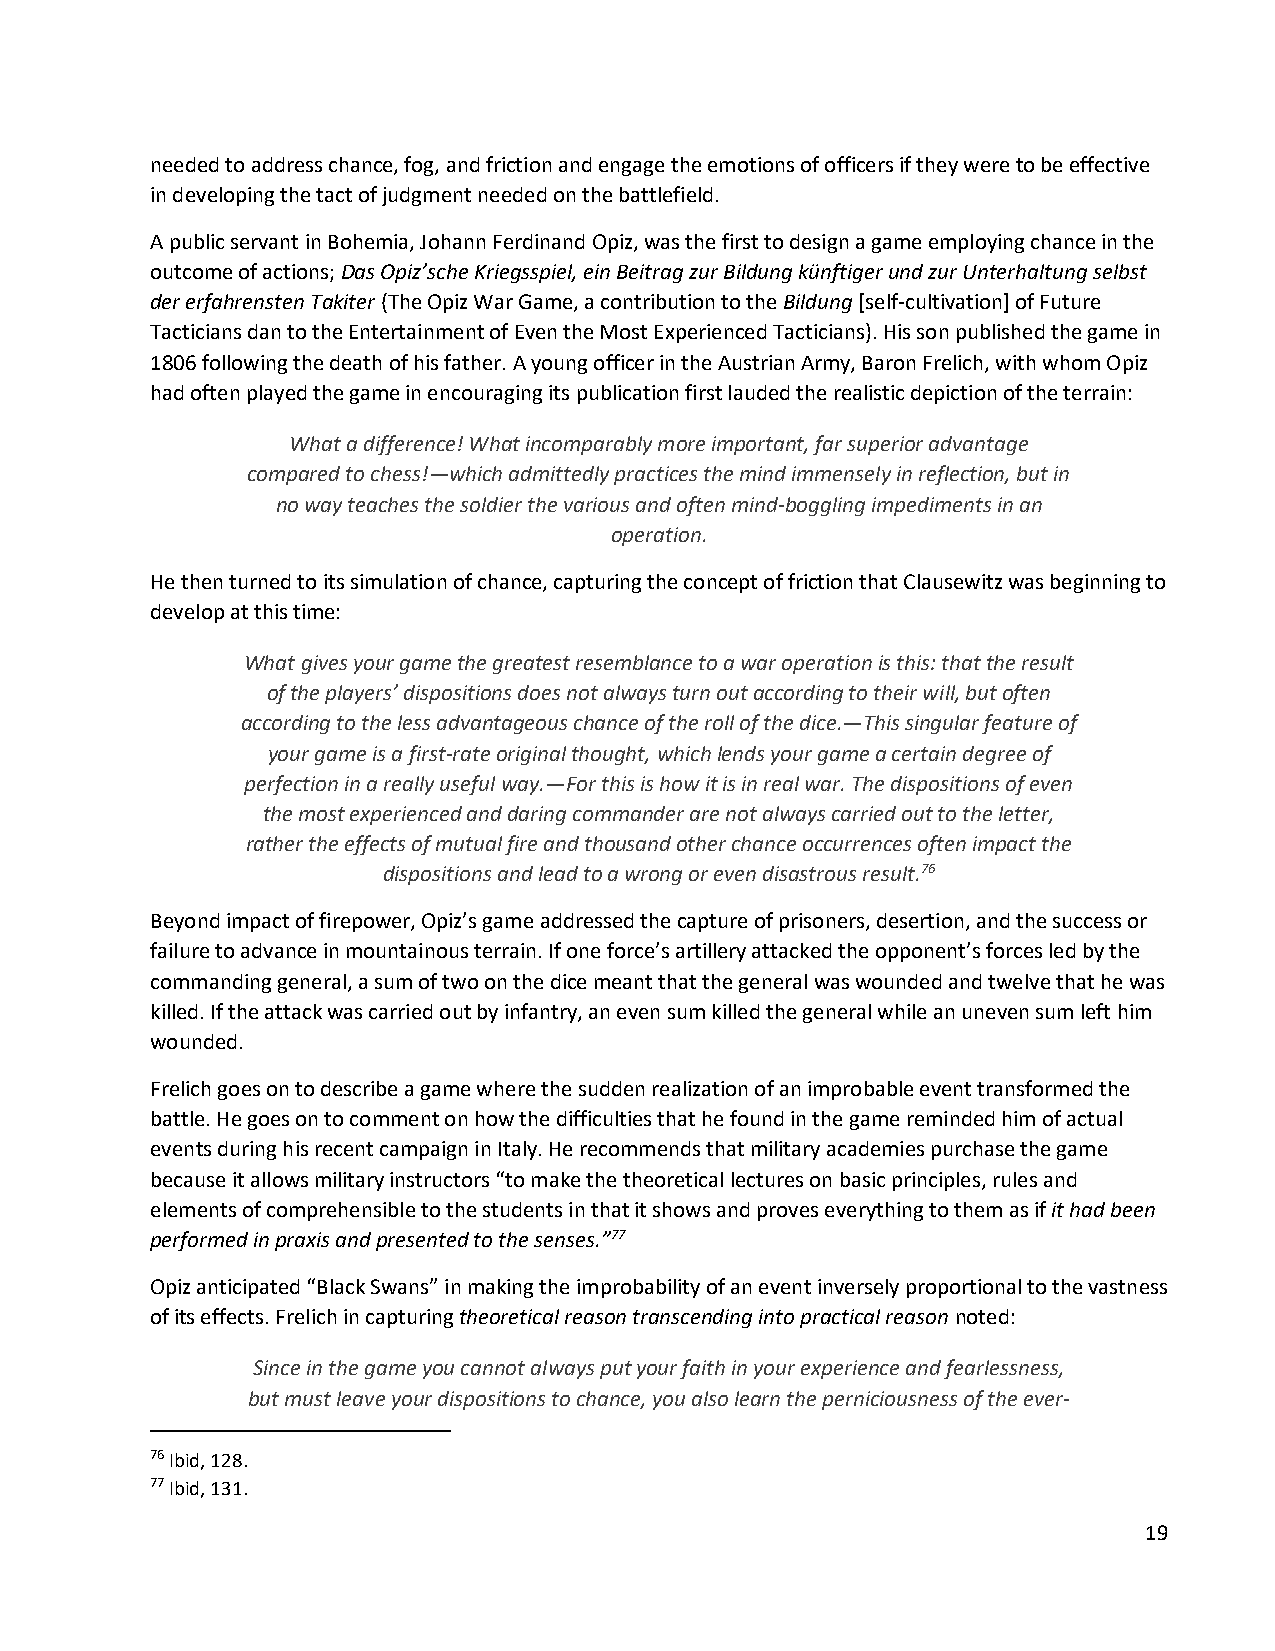
needed to address chance, fog, and friction and engage the emotions of officers if they were to be effective
 in developing the tact of judgment needed on the battlefield.
 A public servant in Bohemia, Johann Ferdinand Opiz, was the first to design a game employing chance in the
 outcome of actions; Das Opiz’sche Kriegsspiel, ein Beitrag zur Bildung künftiger und zur Unterhaltung selbst
 der erfahrensten Takiter (The Opiz War Game, a contribution to the Bildung [self-cultivation] of Future
 Tacticians dan to the Entertainment of Even the Most Experienced Tacticians). His son published the game in
 1806 following the death of his father. A young officer in the Austrian Army, Baron Frelich, with whom Opiz
 had often played the game in encouraging its publication first lauded the realistic depiction of the terrain:
 What a difference! What incomparably more important, far superior advantage
 compared to chess!—which admittedly practices the mind immensely in reflection, but in
 no way teaches the soldier the various and often mind-boggling impediments in an
 operation.
 He then turned to its simulation of chance, capturing the concept of friction that Clausewitz was beginning to
 develop at this time:
 What gives your game the greatest resemblance to a war operation is this: that the result
 of the players’ dispositions does not always turn out according to their will, but often
 according to the less advantageous chance of the roll of the dice.—This singular feature of
 your game is a first-rate original thought, which lends your game a certain degree of
 perfection in a really useful way.—For this is how it is in real war. The dispositions of even
 the most experienced and daring commander are not always carried out to the letter,
 rather the effects of mutual fire and thousand other chance occurrences often impact the
 dispositions and lead to a wrong or even disastrous result.76
 Beyond impact of firepower, Opiz’s game addressed the capture of prisoners, desertion, and the success or
 failure to advance in mountainous terrain. If one force’s artillery attacked the opponent’s forces led by the
 commanding general, a sum of two on the dice meant that the general was wounded and twelve that he was
 killed. If the attack was carried out by infantry, an even sum killed the general while an uneven sum left him
 wounded.
 Frelich goes on to describe a game where the sudden realization of an improbable event transformed the
 battle. He goes on to comment on how the difficulties that he found in the game reminded him of actual
 events during his recent campaign in Italy. He recommends that military academies purchase the game
 because it allows military instructors “to make the theoretical lectures on basic principles, rules and
 elements of comprehensible to the students in that it shows and proves everything to them as if it had been
 performed in praxis and presented to the senses.”77
 Opiz anticipated “Black Swans” in making the improbability of an event inversely proportional to the vastness
 of its effects. Frelich in capturing theoretical reason transcending into practical reason noted:
 Since in the game you cannot always put your faith in your experience and fearlessness,
 but must leave your dispositions to chance, you also learn the perniciousness of the ever-
 76 Ibid, 128.
 77 Ibid, 131.
 19